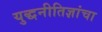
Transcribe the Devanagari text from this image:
युद्धनीतिज्ञांचा